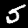
Digit: 5